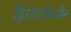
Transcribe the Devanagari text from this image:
हिरोपंतीमधील